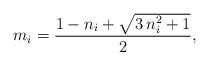
LaTeX: \begin{align*}m_i=\frac{1-n_i+ \sqrt{3\,n_i^2+1}}{2},\end{align*}